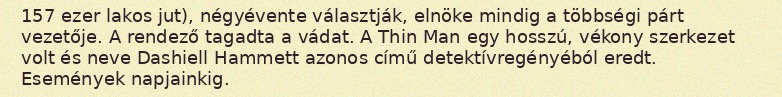
157 ezer lakos jut), négyévente választják, elnöke mindig a többségi párt vezetője. A rendező tagadta a vádat. A Thin Man egy hosszú, vékony szerkezet volt és neve Dashiell Hammett azonos című detektívregényéból eredt. Események napjainkig.